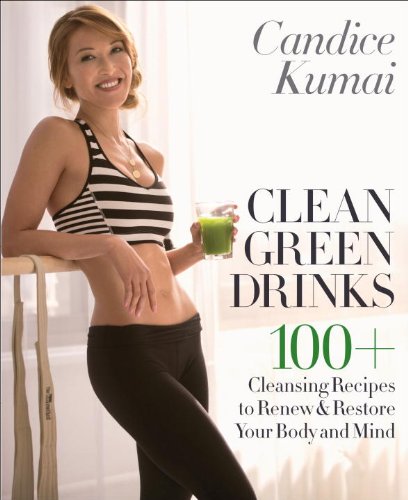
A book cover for Clean Green Drinks: 100+ Cleansing Recipes to Renew & Restore Your Body and Mind; Candice Kumai; Cookbooks, Food & Wine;